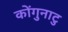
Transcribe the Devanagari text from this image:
कोंगुनाटु